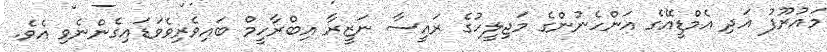
މައުރޫފު އަދި އެމްޑީއޭގެ އަންހެނުންގެ މަޖިލީހުގެ ރައީސާ ނަޒީރާ އިބްރާހީމް ބައިވެރިވެވަޑައިގެންނެވި އެވެ.